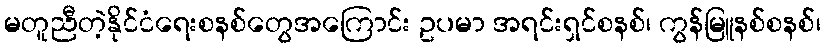
မတူညီတဲ့နိုင်ငံရေးစနစ်တွေအကြောင်း ဥပမာ အရင်းရှင်စနစ်၊ ကွန်မြူနစ်စနစ်၊